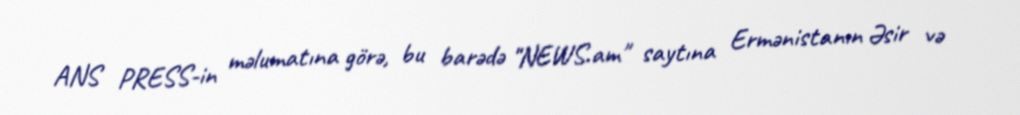
ANS PRESS-in məlumatına görə, bu barədə "NEWS.am" saytına Ermənistanın Əsir və